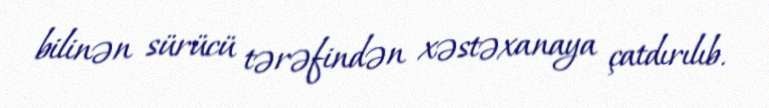
bilinən sürücü tərəfindən xəstəxanaya çatdırılıb.